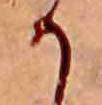
か